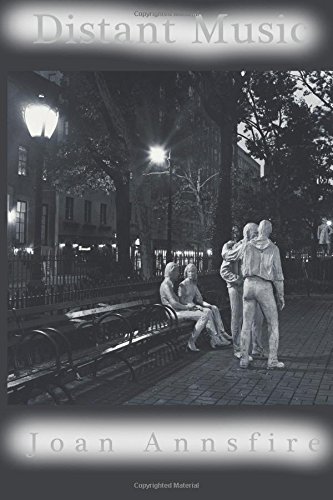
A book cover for Distant Music; Joan Annsfire; Gay & Lesbian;